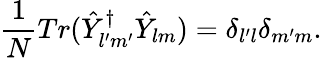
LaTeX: \frac{1}{N}Tr(\hat{Y}_{l^{\prime}m^{\prime}}^{\dagger}\hat{Y}_{lm})=\delta_{l^{\prime}l}\delta_{m^{\prime}m}.